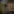
Ca